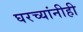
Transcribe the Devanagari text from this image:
घरच्यांनीही